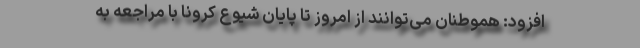
افزود: هموطنان می‌توانند از امروز تا پایان شیوع کرونا با مراجعه به